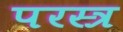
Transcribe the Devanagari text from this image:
परस्त्र